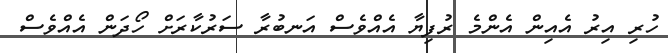
ހުރި އިރު އެއިން އެންމެ ރުފިޔާ އެއްވެސް އަނބުރާ ސަރުކާރަށް ހޯދަން އެއްވެސް